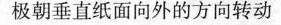
极朝垂直纸面向外的方向转动